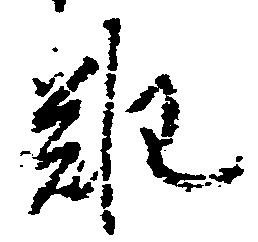
難